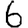
Digit: 6